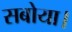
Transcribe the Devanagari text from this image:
सबोया।